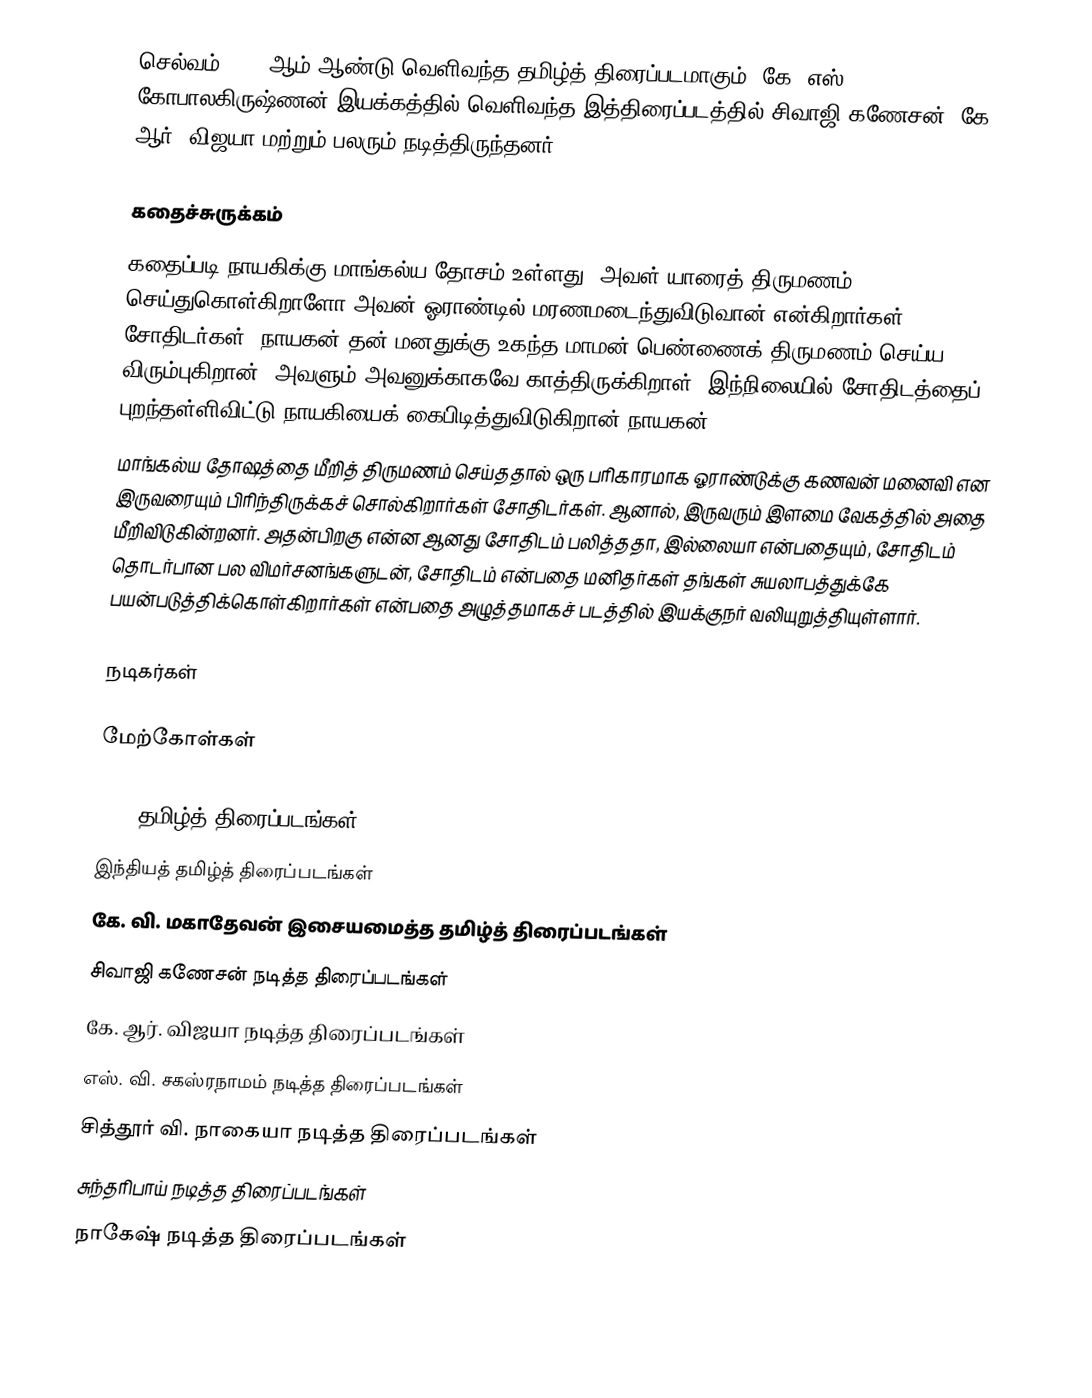
செல்வம் 1966 ஆம் ஆண்டு வெளிவந்த தமிழ்த் திரைப்படமாகும். கே. எஸ். கோபாலகிருஷ்ணன் இயக்கத்தில் வெளிவந்த இத்திரைப்படத்தில் சிவாஜி கணேசன், கே. ஆர். விஜயா மற்றும் பலரும் நடித்திருந்தனர்.

கதைச்சுருக்கம்
கதைப்படி நாயகிக்கு மாங்கல்ய தோசம் உள்ளது. அவள் யாரைத் திருமணம் செய்துகொள்கிறாளோ அவன் ஓராண்டில் மரணமடைந்துவிடுவான் என்கிறார்கள் சோதிடர்கள். நாயகன் தன் மனதுக்கு உகந்த மாமன் பெண்ணைக் திருமணம் செய்ய விரும்புகிறான். அவளும் அவனுக்காகவே காத்திருக்கிறாள். இந்நிலையில் சோதிடத்தைப் புறந்தள்ளிவிட்டு நாயகியைக் கைபிடித்துவிடுகிறான் நாயகன்.
மாங்கல்ய தோஷத்தை மீறித் திருமணம் செய்ததால் ஒரு பரிகாரமாக ஓராண்டுக்கு கணவன் மனைவி என இருவரையும் பிரிந்திருக்கச் சொல்கிறார்கள் சோதிடர்கள். ஆனால், இருவரும் இளமை வேகத்தில் அதை மீறிவிடுகின்றனர். அதன்பிறகு என்ன ஆனது சோதிடம் பலித்ததா, இல்லையா என்பதையும், சோதிடம் தொடர்பான பல விமர்சனங்களுடன், சோதிடம் என்பதை மனிதர்கள் தங்கள் சுயலாபத்துக்கே பயன்படுத்திக்கொள்கிறார்கள் என்பதை அழுத்தமாகச் படத்தில் இயக்குநர் வலியுறுத்தியுள்ளார்.

நடிகர்கள்

மேற்கோள்கள்

1966 தமிழ்த் திரைப்படங்கள்
இந்தியத் தமிழ்த் திரைப்படங்கள்
கே. வி. மகாதேவன் இசையமைத்த தமிழ்த் திரைப்படங்கள்
சிவாஜி கணேசன் நடித்த திரைப்படங்கள்
கே. ஆர். விஜயா நடித்த திரைப்படங்கள்
எஸ். வி. சகஸ்ரநாமம் நடித்த திரைப்படங்கள்
சித்தூர் வி. நாகையா நடித்த திரைப்படங்கள்
சுந்தரிபாய் நடித்த திரைப்படங்கள்
நாகேஷ் நடித்த திரைப்படங்கள்